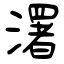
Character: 濖